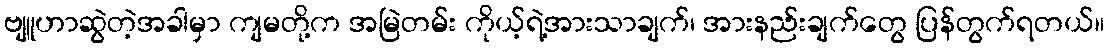
ဗျူဟာဆွဲတဲ့အခါမှာ ကျမတို့က အမြဲတမ်း ကိုယ့်ရဲ့အားသာချက်၊ အားနည်းချက်တွေ ပြန်တွက်ရတယ်။